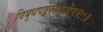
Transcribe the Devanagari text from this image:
विबुधपङ्केरुहदृशाम्॥१९॥